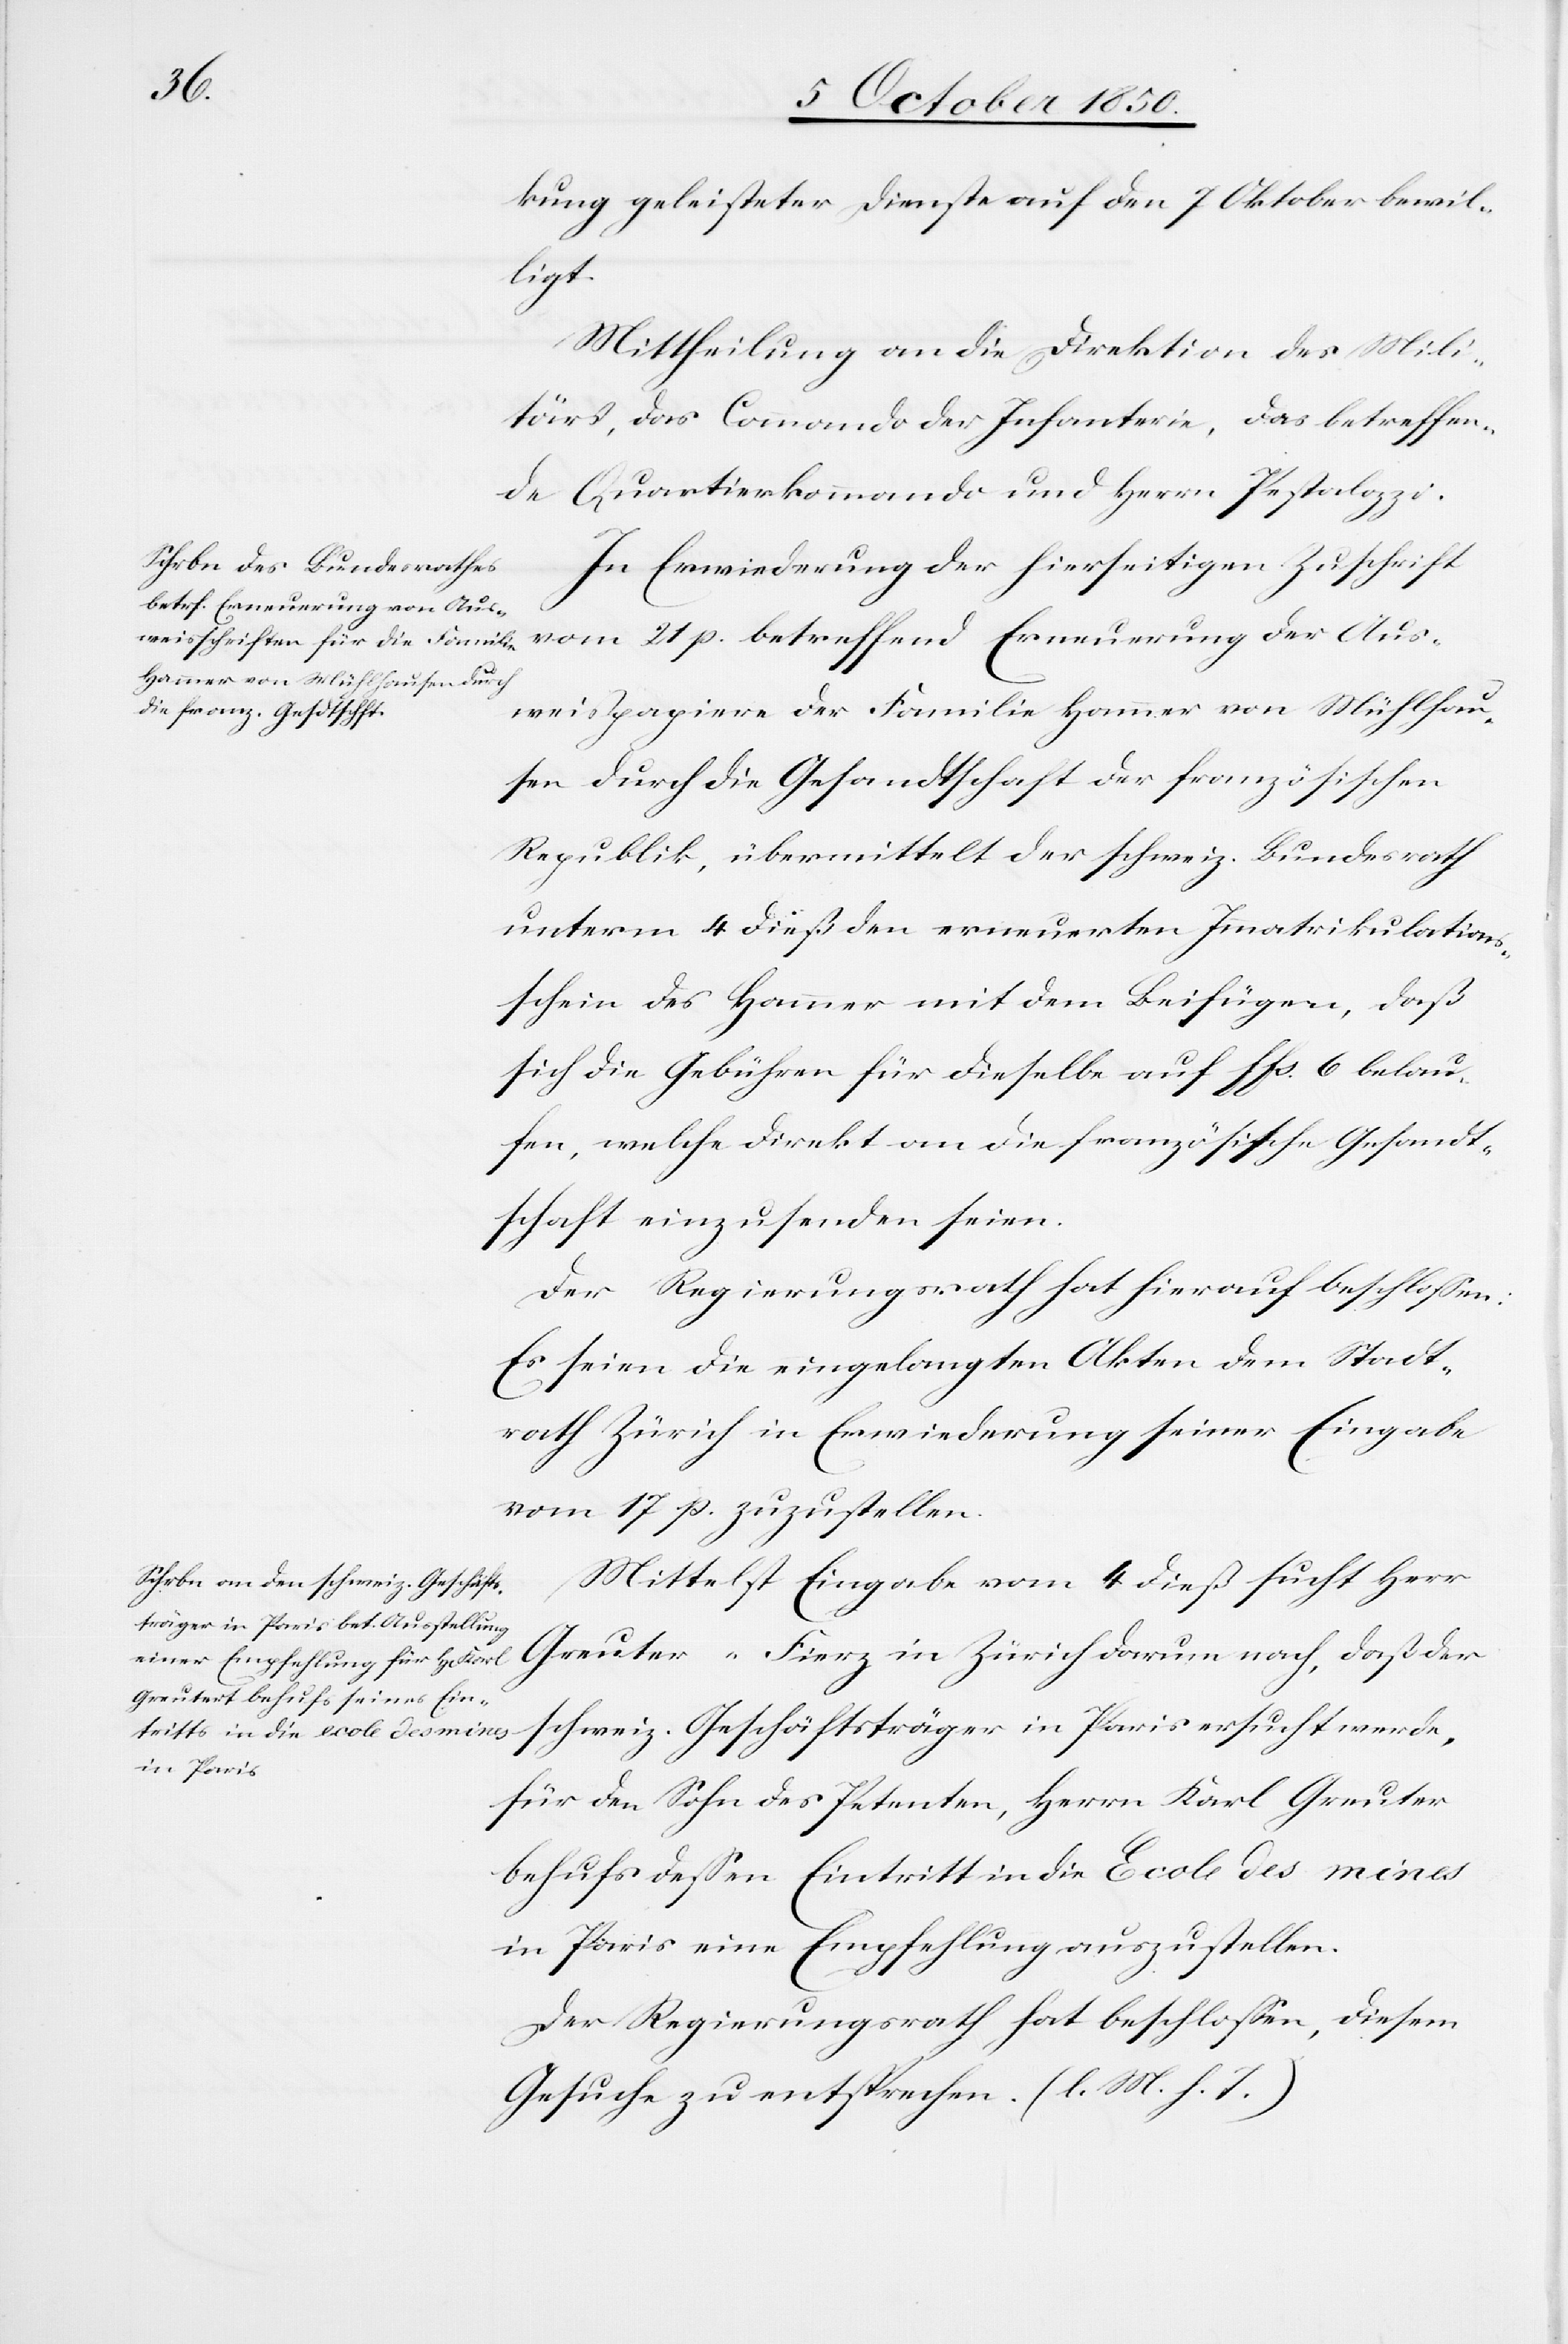
kung geleisteter Dienste auf den 7 Oktober bewil¬
ligt.
Mittheilung an die Direktion des Mili¬
tärs, das Commando der Infanterie, das betreffen¬
de Quartierkommando und Herrn Pestalozzi.
In Erwiederung der hierseitigen Zuschrift
vom 21 p. betreffend Erneuerung der Aus¬
weispapiere der Familie Hammer von Mühlhau¬
sen durch die Gesandtschaft der französischen
Republik, übermittelt der schweiz. Bundesrath
unterm 4 dieß den erneuerten Immatrikulations¬
schein des Hammer mit dem Beifügen, daß
sich die Gebühren für dieselbe auf ffs. 6 belau¬
he Gesandt¬
fen, welche direkt an die französisc¬
schaft einzusenden seien.
Der Regierungsrath hat hierauf beschlossen:
Es seien die eingelangten Akten dem Stadt¬
rath Zürich in Erwiederung seiner Eingabe
vom 17 p. zuzustellen.
Mittelst Eingabe vom 4 dieß sucht Herr
Greuter-Fierz in Zürich darum nach, das der
schweiz. Geschäftsträger in Paris ersucht werde,
für den Sohn des Petenten, Herrn Karl Greuter
behufs dessen Eintritt in die Ecole des mines
in Paris eine Empfehlung auszustellen.
Der Regierungsrath hat beschlossen, diesem
Gesuche zu entsprechen. (l. M. h. T)